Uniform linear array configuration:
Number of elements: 16
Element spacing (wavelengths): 1
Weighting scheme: hamming
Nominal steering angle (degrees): -30
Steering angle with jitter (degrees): -31.478
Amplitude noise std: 0.05
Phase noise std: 0.05

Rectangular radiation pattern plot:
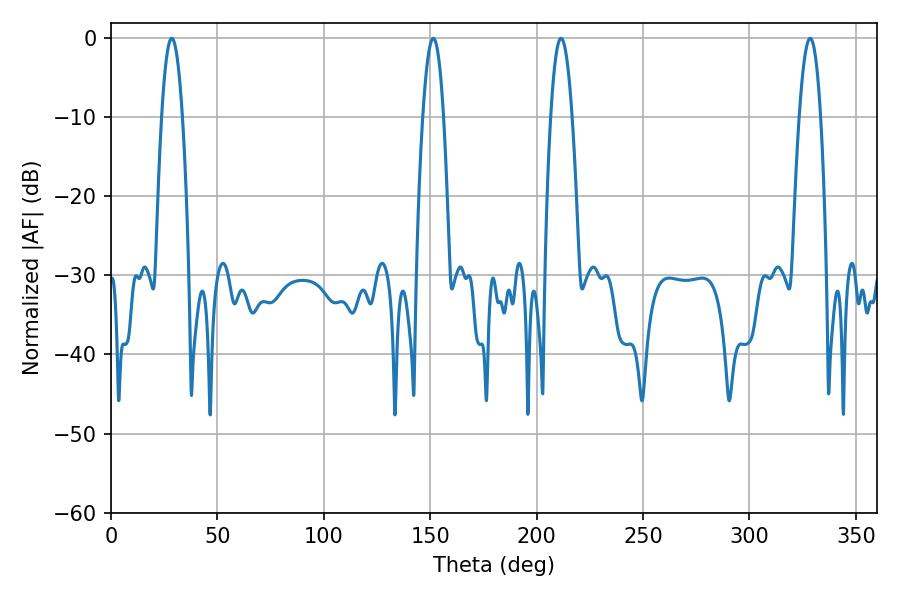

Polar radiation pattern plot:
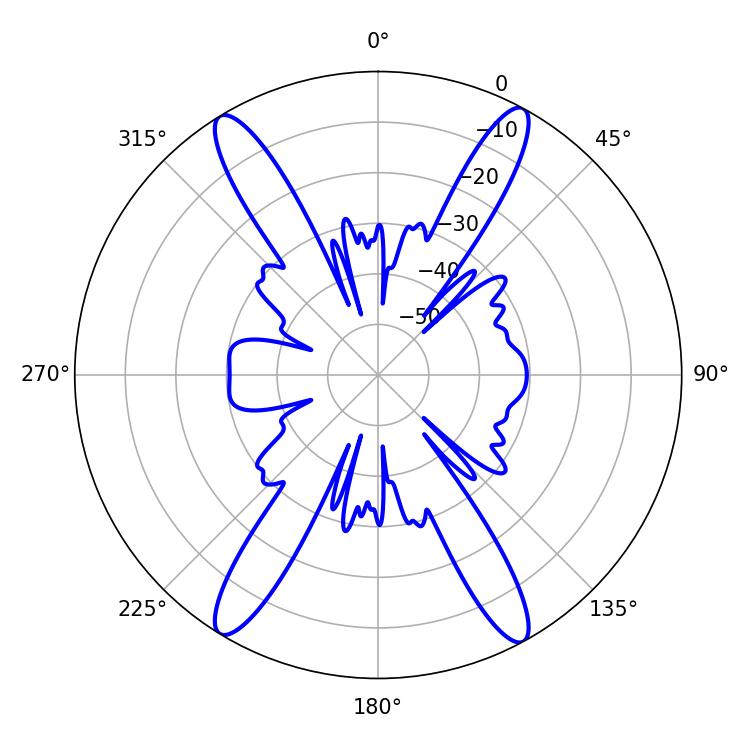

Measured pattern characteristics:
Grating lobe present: TRUE
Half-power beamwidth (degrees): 5.4
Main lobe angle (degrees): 211.5